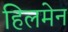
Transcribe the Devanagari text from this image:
हिलमेन